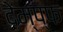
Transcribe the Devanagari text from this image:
देम्प्फ